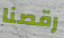
رقصنا